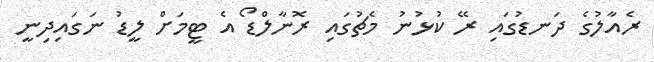
ރެއާލުގެ ދަނޑުގައި ރޭ ކުޅުނު މެޗުގައި ރޮނާލްޑޯ އެ ޓީމަށް ލީޑު ނަގައިދިނީ